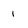
Character: 1